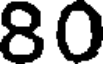
80